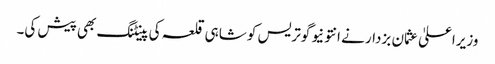
وزیراعلیٰ عثمان بزدار نے انتونیو گوتریس کو شاہی قلعہ کی پینٹنگ بھی پیش کی۔